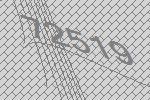
72519